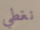
نغطي